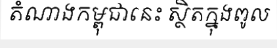
តំណាងកម្ពុជានេះ ស្ថិតក្នុងពូល